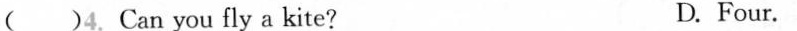
( )4. Can you fly a kite? D.Four.